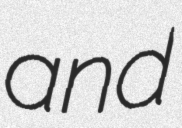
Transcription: and